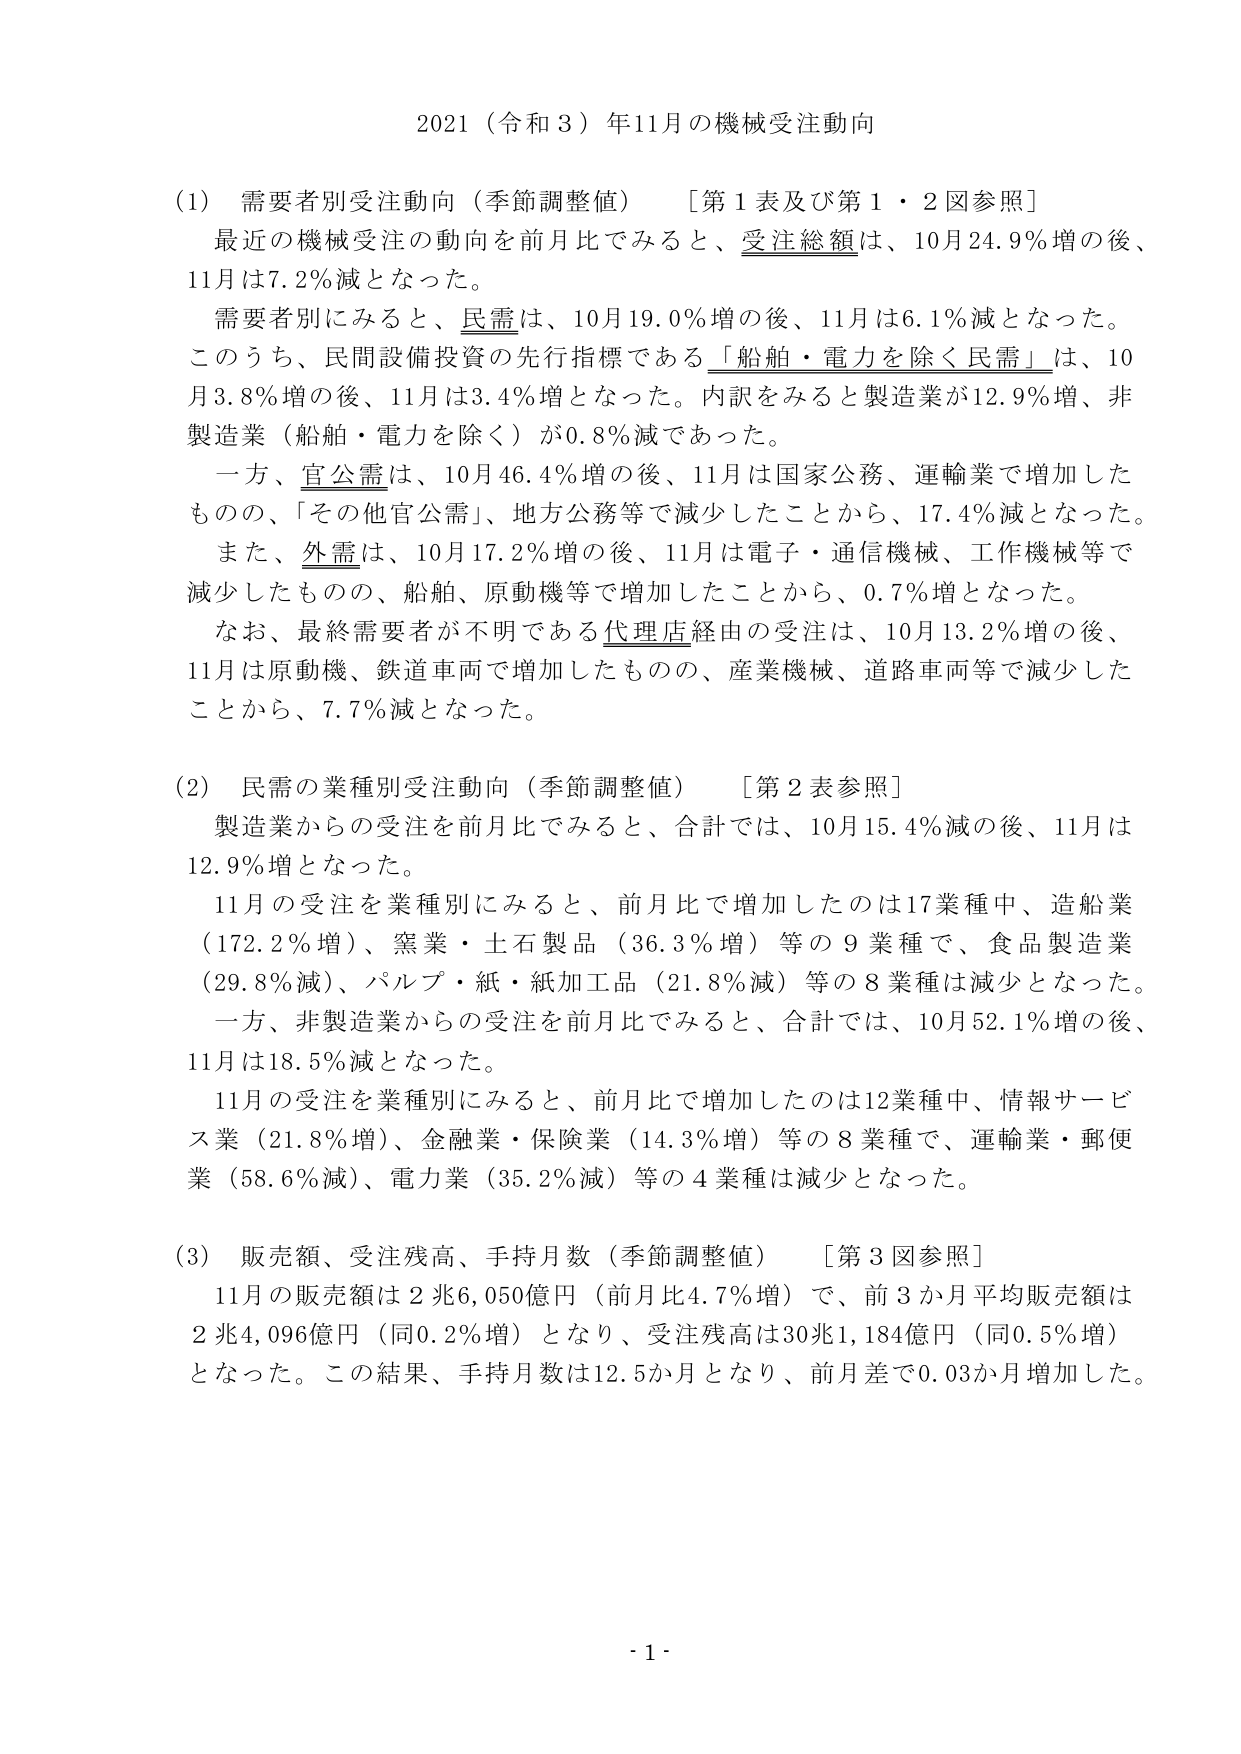
2021（令和3）年11月の機械受注動向

(1) 需要者別受注動向（季節調整値）　［第1表及び第1・2図参照］
最近の機械受注の動向を前月比でみると、受注総額は、10月24.9％増の後、11月は7.2％減となった。
需要者別にみると、民需は、10月19.0％増の後、11月は6.1％減となった。
このうち、民間設備投資の先行指標である「船舶・電力を除く民需」は、10月3.8％増の後、11月は3.4％増となった。内訳をみると製造業が12.9％増、非製造業（船舶・電力を除く）が0.8％減であった。
一方、官公需は、10月46.4％増の後、11月は国家公務、運輸業で増加したものの、「その他官公需」、地方公務等で減少したことから、17.4％減となった。
また、外需は、10月17.2％増の後、11月は電子・通信機械、工作機械等で減少したものの、船舶、原動機等で増加したことから、0.7％増となった。
なお、最終需要者が不明である代理店経由の受注は、10月13.2％増の後、11月は原動機、鉄道車両で増加したものの、産業機械、道路車両等で減少したことから、7.7％減となった。

(2) 民需の業種別受注動向（季節調整値）　［第2表参照］
製造業からの受注を前月比でみると、合計では、10月15.4％減の後、11月は12.9％増となった。
11月の受注を業種別にみると、前月比で増加したのは17業種中、造船業（172.2％増）、窯業・土石製品（36.3％増）等の9業種で、食品製造業（29.8％減）、パルプ・紙・紙加工品（21.8％減）等の8業種は減少となった。
一方、非製造業からの受注を前月比でみると、合計では、10月52.1％増の後、11月は18.5％減となった。
11月の受注を業種別にみると、前月比で増加したのは12業種中、情報サービス業（21.8％増）、金融業・保険業（14.3％増）等の8業種で、運輸業・郵便業（58.6％減）、電力業（35.2％減）等の4業種は減少となった。

(3) 販売額、受注残高、手持月数（季節調整値）　［第3図参照］
11月の販売額は2兆6,050億円（前月比4.7％増）で、前3か月平均販売額は2兆4,096億円（同0.2％増）となり、受注残高は30兆1,184億円（同0.5％増）となった。この結果、手持月数は12.5か月となり、前月差で0.03か月増加した。

- 1 -